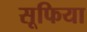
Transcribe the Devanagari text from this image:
सूफिया